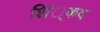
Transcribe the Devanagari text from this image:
शिं्कद